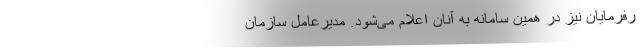
رفرمایان نیز در همین سامانه به آنان اعلام می‌شود. مدیرعامل سازمان